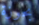
بحوزة